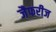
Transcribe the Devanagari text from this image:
जैफरीज